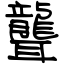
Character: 聾